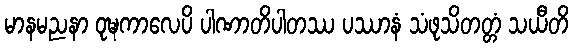
မာနမညနာ ဝုဍ္ဎကာလေပိ ပါဏာတိပါတဿ ပဿာနံ သံဖုသိတတ္တံ သယီတိ